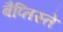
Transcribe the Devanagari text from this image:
बैप्तिस्ते